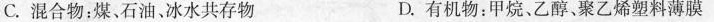
C.混合物：煤、石油、冰水共存物 D.有机物：甲烷、乙醇、聚乙烯塑料薄膜